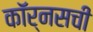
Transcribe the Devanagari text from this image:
कॉर्नसची